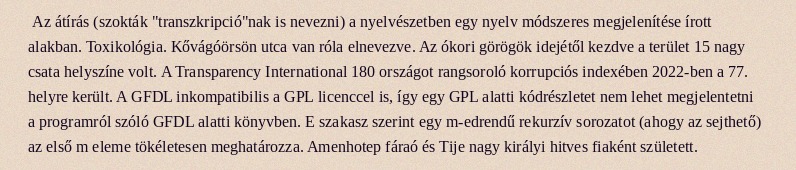
Az átírás (szokták "transzkripció"nak is nevezni) a nyelvészetben egy nyelv módszeres megjelenítése írott alakban. Toxikológia. Kővágóörsön utca van róla elnevezve. Az ókori görögök idejétől kezdve a terület 15 nagy csata helyszíne volt. A Transparency International 180 országot rangsoroló korrupciós indexében 2022-ben a 77. helyre került. A GFDL inkompatibilis a GPL licenccel is, így egy GPL alatti kódrészletet nem lehet megjelentetni a programról szóló GFDL alatti könyvben. E szakasz szerint egy m-edrendű rekurzív sorozatot (ahogy az sejthető) az első m eleme tökéletesen meghatározza. Amenhotep fáraó és Tije nagy királyi hitves fiaként született.